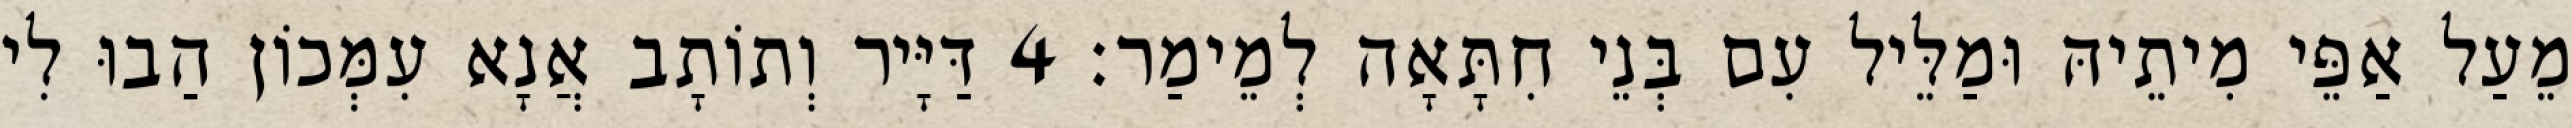
מֵעַל אַפֵּי מִיתֵיהּ וּמַלֵּיל עִם בְּנֵי חִתָּאָה לְמֵימַר׃ 4 דַּיָּיר וְתוֹתָב אֲנָא עִמְּכוֹן הַבוּ לִי